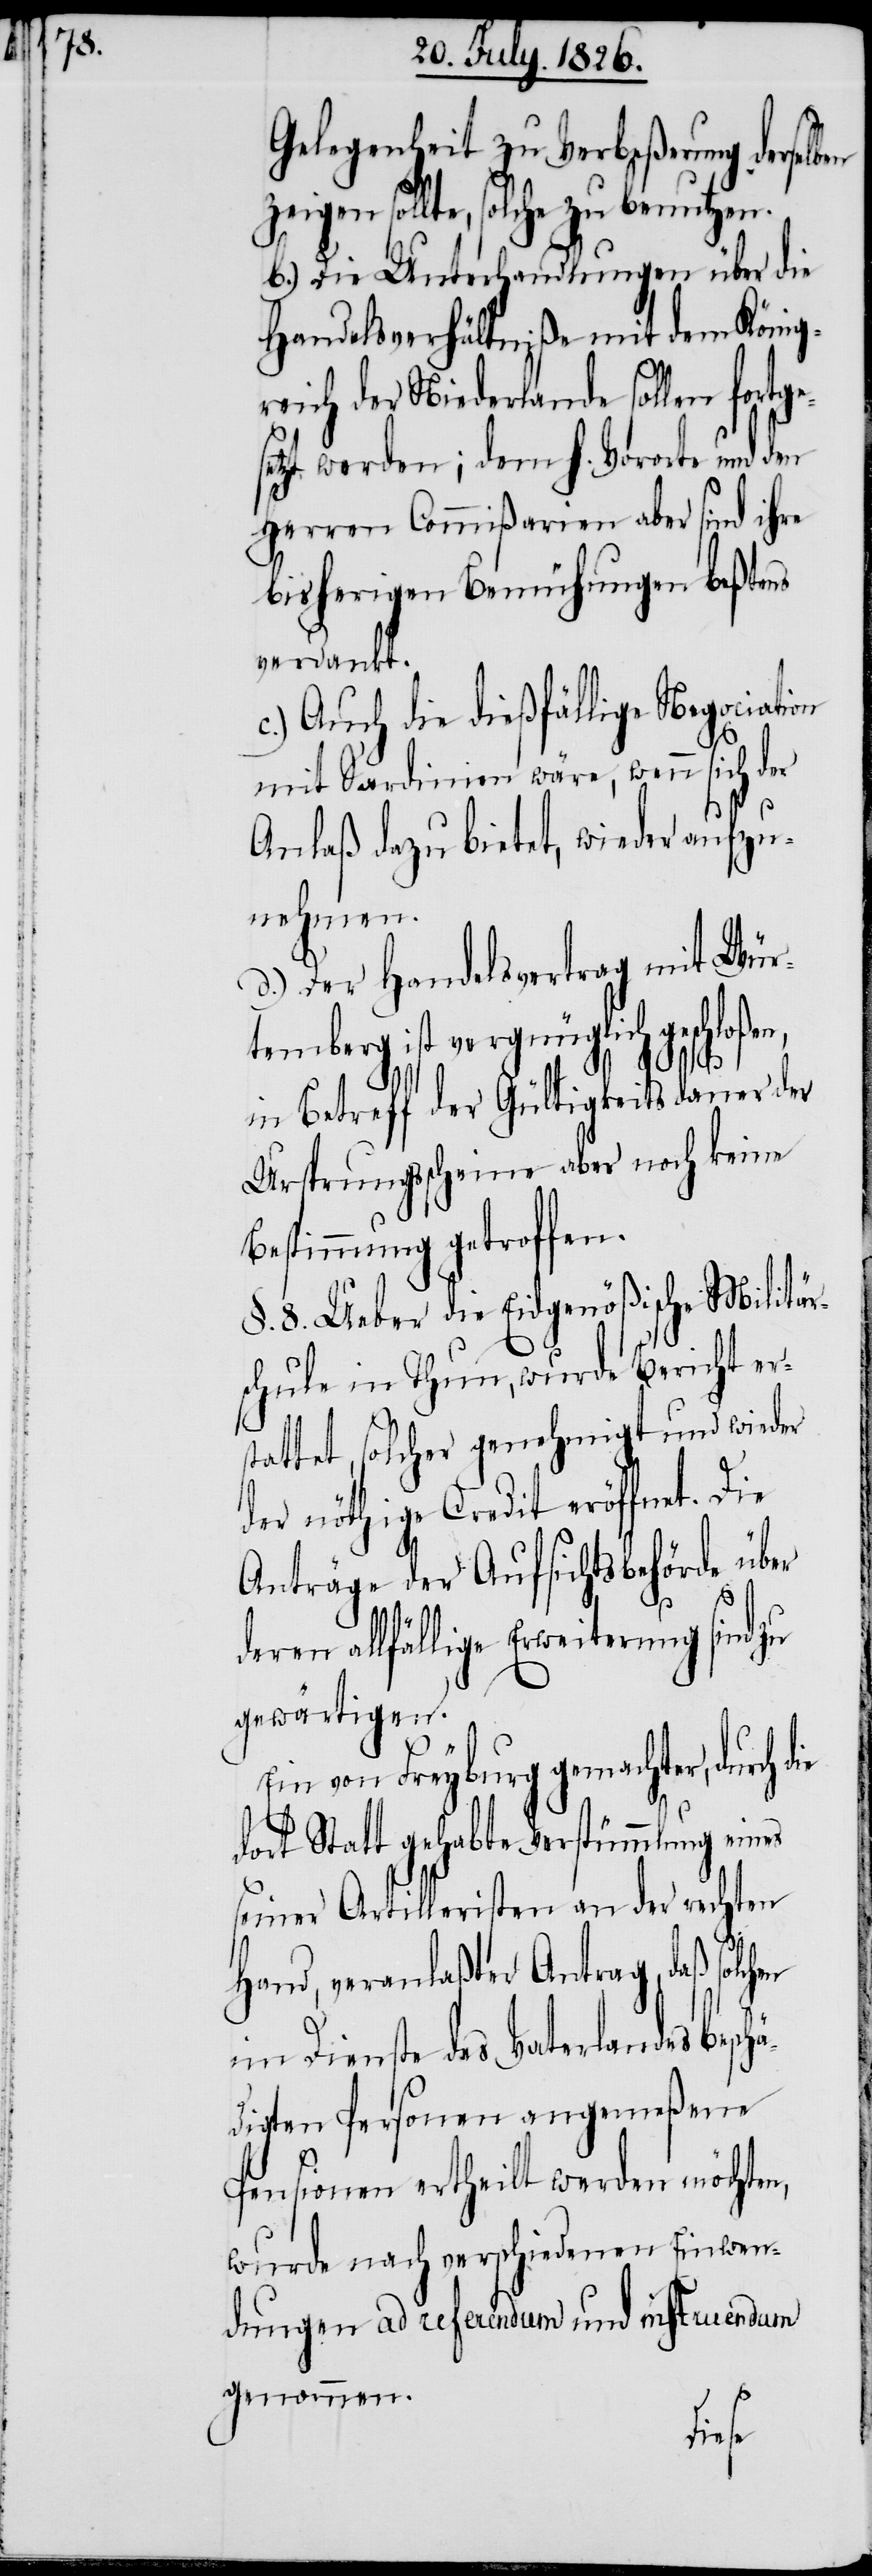
Gelegenheit zu Verbeßerung derselb¬
gen sollte, solche zu benutzen.
b.) Die Unterhandlungen über die
Handelsverhältniße mit dem König¬
reich der Niederlande sollen fort¬
etzt werden; dem h. Vororte und den
Herren Commißarien aber sind ihre
bisherigen Bemühungen beßtens
verdankt.
c.) Auch die dießfällige Negociation
mit Sardinien wäre, wenn sich der
Anlaß dazu bietet, wieder aufzu¬
nehmen.
d.) Der Handelsvertrag mit Wür¬
temberg ist vergnüglich geschloße¬
in Betreff der Gültigkeitsdauer der
Ursprungsscheine aber noch keine
Bestimmung getroffen.
§. 8. Ueber die Eidgenößische Militär¬
schule in Thun, wurde Bericht er¬
stattet, solcher genehmigt und wieder
der nöthige Credit eröffnet. Die
Anträge der Aufsichtsbehörde über
en allfällige Erweiterung sind zu
gewärtigen.
Ein von Freyburg gemachter, durch
dort Statt gehabte Verstümmlung eines
seiner Artilleristen an der rechten
Hand, veranlaßter Antrag, daß solchen
im Dienste des Vaterlandes beschä¬
digten Personen angemeßene
Pensionen ertheilt werden möchten,
wurde nach verschiedenen Einwen¬
dungen ad referendum und instruendum
genommen.
die